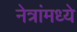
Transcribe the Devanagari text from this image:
नेत्रांमध्ये